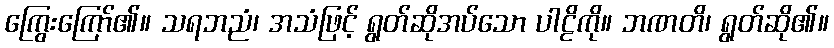
ကြွေးကြော်၏။ သရဘညံ၊ အသံဖြင့် ရွတ်ဆိုအပ်သော ပါဠိကို။ ဘဏတိ၊ ရွတ်ဆို၏။